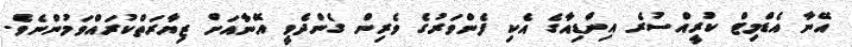
އޭނާ އެޑްމިޓް ކުރީއްސުރެ އިންޑިއާގެ އެކި ފެންވަރުގެ ވެރިން ގެންދެވީ އޭނާއަށް ޒިޔާރަތްކުރައްވަމުންނެވެ.